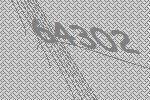
64302